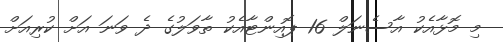
މި މޮޅާއެކު އާސެނަލް 16 ޕޮއިންޓާއެކު ތާވަލުގެ ދެ ވަނަ އަށް ކުރިއަށް